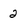
Character: 2